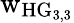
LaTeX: \mathrm{w_{HG_{3,3}}}